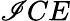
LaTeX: \mathscr{I}CE